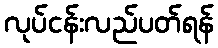
လုပ်ငန်းလည်ပတ်ရန်